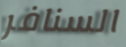
السنافر